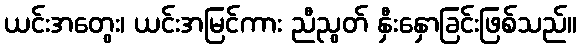
ယင်းအတွေး၊ ယင်းအမြင်ကား ညီညွတ် နှီးနှောခြင်းဖြစ်သည်။